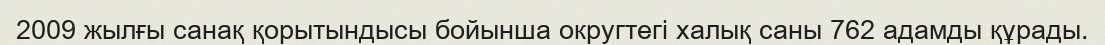
2009 жылғы санақ қорытындысы бойынша округтегі халық саны 762 адамды құрады.